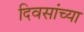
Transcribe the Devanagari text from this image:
दिवसांच्‍या